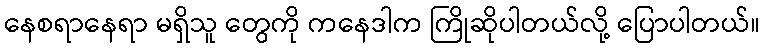
နေစရာနေရာ မရှိသူ တွေကို ကနေဒါက ကြိုဆိုပါတယ်လို့ ပြောပါတယ်။